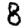
Digit: 8